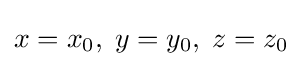
x=x_{0},\;y=y_{0},\;z=z_{0}